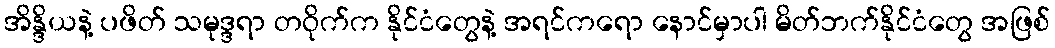
အိန္ဒိယနဲ့ ပဖိတ် သမုဒ္ဒရာ တဝိုက်က နိုင်ငံတွေနဲ့ အရင်ကရော နောင်မှာပါ မိတ်ဘက်နိုင်ငံတွေ အဖြစ်